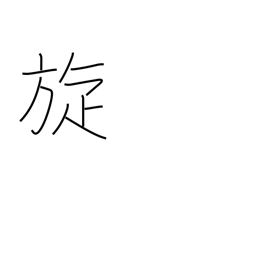
Meaning: rotation